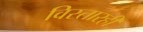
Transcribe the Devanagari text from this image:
विस्तारही